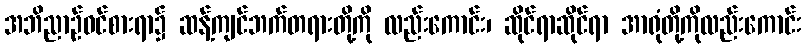
အဘိညာဉ်ဝင်စားရာ၌ ဆန့်ကျင်ဘက်တရားတို့ကို လည်းကောင်း၊ ဆိုင်ရာဆိုင်ရာ အာရုံတို့ကိုလည်းကောင်း